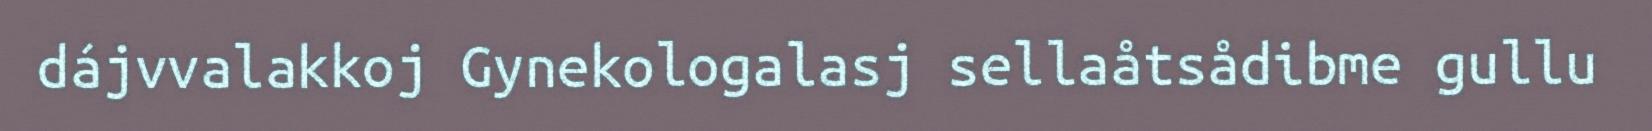
dájvvalakkoj Gynekologalasj sellaåtsådibme gullu